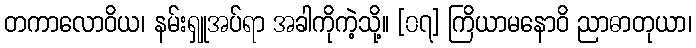
တကာလောဝိယ၊ နမ်းရှူအပ်ရာ အခါကိုကဲ့သို့။ [၀၇] ကြိယာမနောဝိ ညာဓာတုယာ၊